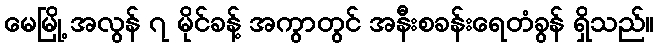
မေမြို့ အလွန် ၇ မိုင်ခန့် အကွာတွင် အနီးစခန်းရေတံခွန် ရှိသည်။